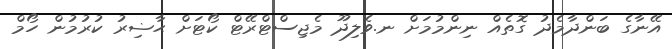
އޭނާގެ ބަންދާމެދު ގޮތެއް ނިންމުމަށް ނ.ވެލިދޫ މެޖިސްޓްރޭޓް ކޯޓަށް ޙާޟިރު ކުރުމުން ހޯމް